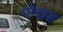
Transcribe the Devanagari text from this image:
पोखड़